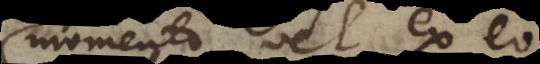
momento vel ex eo